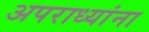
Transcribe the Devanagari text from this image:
अपराध्यांना